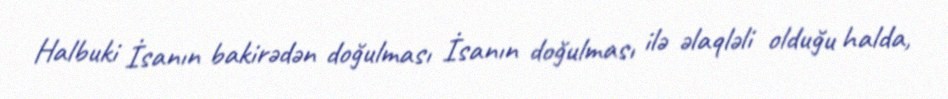
Halbuki İsanın bakirədən doğulması İsanın doğulması ilə əlaqləli olduğu halda,